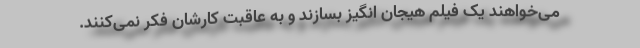
می‌خواهند یک فیلم هیجان انگیز بسازند و به عاقبت کارشان فکر نمی‌کنند.